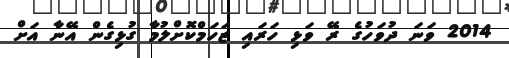
2014 ވަނަ ދުވަހުގެ ރޭ ވަޅި ހަރައި ޒަހަމްކޮށްލުމާ ގުޅިގެން އޭނާ އަށް